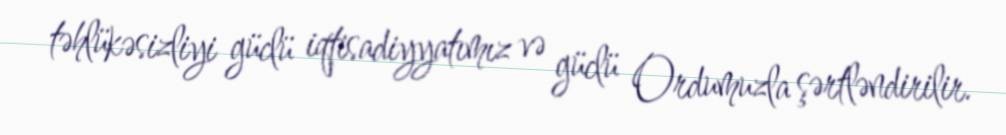
təhlükəsizliyi güclü iqtisadiyyatımız və güclü Ordumuzla şərtləndirilir.